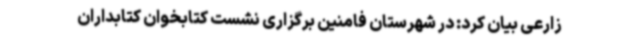
زارعی بیان کرد: در شهرستان فامنین برگزاری نشست کتابخوان کتابداران